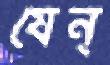
যেন্